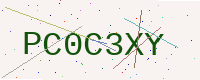
Text: PC0C3XY